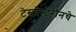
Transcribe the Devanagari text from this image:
टेस्टोस्टेरॉनचे